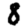
Digit: 8